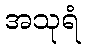
အသုရံ